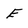
Character: E